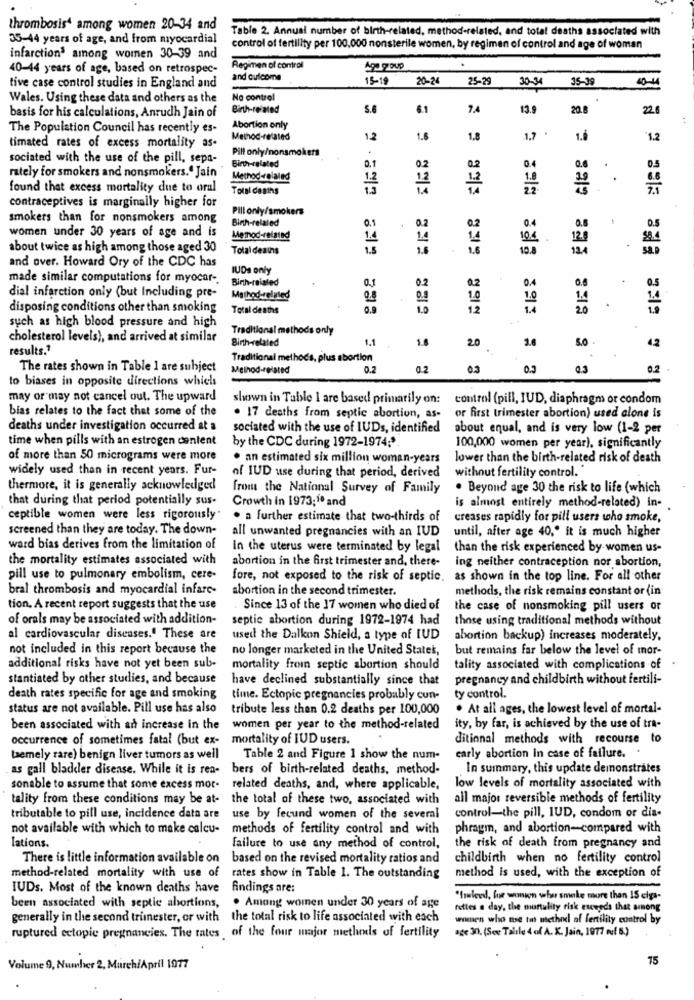
thrombosis4 among women 20-34 and
Table 2. Annual number of birth-related, method-related, and total deaths associated with
35-44 years of age, and from myocardial
control of fertility per 100,000 nonsterile women, by regimen of control and age of woman
infarction3 among women 30-39 and
40-44 years of age, based on retrospec-
Regimen of control
Age group
and culcome
15-19
20-24
25-29
30-34
35-39
40-44
tive case control studies in England and
Wales. Using these data and others as the
No control
Birth-related
5.6
8.1
7,4
13.9
20.8
22.0
basis for his calculations, Anrudh Jain of
The Population Council has recently es-
Abortion only
Method-related
12
1.6
1.8
1.6
"1.2
timated rates of excess mortality as-
Pill only/nonsmokers
sociated with the use of the pill, sepa-
0.1
0.4
rately for smokers and nonsmokers." Jain
Birth-related
0.2
0.2
0.5
Method-related
.
found that excess mortality due to oral
Total deaths
12
14
contraceptives is marginally higher for
Pill only/smokers
smokers than for nonsmokers among
Binh-related
0.1
0.2
0.8
women under 30 years of age and is
0.4
0.5
Memod-related
14
1.
12.
about twice as high among those aged 30
Total deatns
1.6
10.
124
and over. Howard Ory of the CDC has
IUDs only
made similar computations for myocar -.
Birth-related
0.2
0.4
0.6
dial infarction only (but Including pre-
Method-related
0.
0.8
14
disposing conditions other than smoking
Total deaths
20
such as high blood pressure and high
Traditional methods only
cholesterol levels), and arrived at similar
Birth-related
1.1
1.8
20
1.0
results .?
42
Traditional methods, plus abortion
The rates shown in Table 1 are subject
Method-related
0.2
0.2
0.3
0.9
0.3
0.2
to biases in opposite directions which
may or may not cancel out. The upward
shown in Table I are based primarily on: control (pill, IUD, diaphragm or condom
bias relates to the fact that some of the
. 17 deaths from septic abortion, as-
or first trimester abortion) used alone is
deaths under investigation occurred at a
sociated with the use of IUDs, identified
about equal, and is very low (1-2 per
time when pills with an estrogen content
by the CDC during 1972-1974 ;*
100,000 women per year), significantly
of more than 50 micrograms were more
. an estimated six million woman-years
lower than the birth-related risk of death
widely used than in recent years. Fur-
of IUD use during that period, derived
without fertility control.
thermore, it is generally acknowledged
from the National Survey of Family
. Beyond age 30 the risk to life (which
that during that period potentially sus-
Crowth in 1973;10 and
is almost entirely method-related) in-
ceptible women were less rigorously
. a further estimate that two-thirds of
creases rapidly for pill users who smoke,
screened than they are today. The down-
all unwanted pregnancies with an IUD
until, after age 40," it is much higher
ward bias derives from the limitation of
In the uterus were terminated by legal
than the risk experienced by women us-
the mortality estimates associated with
abortion in the first trimester and, there-
ing neither contraception nor abortion,
pill use to pulmonary embolism, cere-
fore, not exposed to the risk of septic, as shown in the top line. For all other
bral thrombosis and myocardial infare-
abortion in the second trimester.
methods, the risk remains constant or (in
tion. A recent report suggests that the use
. Since 13 of the 17 women who died of
the case of nonsmoking pill users or
of orals may be associated with addition-
septic abortion during 1972-1974 had
those using traditional methods without
al cardiovascular diseases." These are
used the Dalkon Shield, a type of IUD
abortion backup) increases moderately,
not included in this report because the
no longer marketed in the United States,
but remains far below the level of mor-
additional risks have not yet been sub-
mortality fromn septic abortion should
tality associated with complications of
stantiated by other studies, and because
have declined substantially since that
pregnancy and childbirth without fertili-
death rates specific for age and smoking
time. Ectopic pregnancies probably cun-
ty control.
status are not available. Pill use has also
tribute less than 0.2 deaths per 100,000
. At all ages, the lowest level of mortal-
been associated with an increase in the
women per year to the method-related
ity, by far, is achieved by the use of tra-
occurrence of sometimes fatal (but ex-
mortality of IUD users.
ditinnal methods with recourse to
temely rare) benign liver tumors as well
Table 2 and Figure 1 show the num-
carly abortion in case of failure. .
as gall bladder disease. While it is rea-
bers of birth-related deaths, method-
In summary, this update demonstrates
sonable to assume that some excess mor-
related deaths, and, where applicable,
low levels of mortality associated with
tality from these conditions may be at-
the total of these two, associated with
all major reversible methods of fertility
tributable to pill use, incidence data are
use by fecund women of the several
control-the pill, IUD, condom or dia-
not available with which to make calcu-
methods of fertility control and with
phragm, and abortion-compared with
lations.
failure to use any method of control,
the risk of death from pregnancy and
There is little information available on
based on the revised mortality ratios and
childbirth when no fertility control
method-related mortality with use of
method is used, with the exception of
rates show in Table 1. The outstanding
IUDs. Most of the known deaths have
findings are:
been associated with septic abortions,
"lowlevel, for women who smoke more than 15 ciga-
. Among women under 30 years of ajge
fettes a day, the mortality risk exceeds that among
generally in the second trimester, or with
the total risk to life associated with each
women who tse tint method af fertility control by
ruptured ectopic pregnancies. The tates of the four major methods of fertility
age 30. (See Talile 4 of A. K. Jain, 1977 ouf 5.)
15
Volume 9, Number 2, MurchiApril 1977